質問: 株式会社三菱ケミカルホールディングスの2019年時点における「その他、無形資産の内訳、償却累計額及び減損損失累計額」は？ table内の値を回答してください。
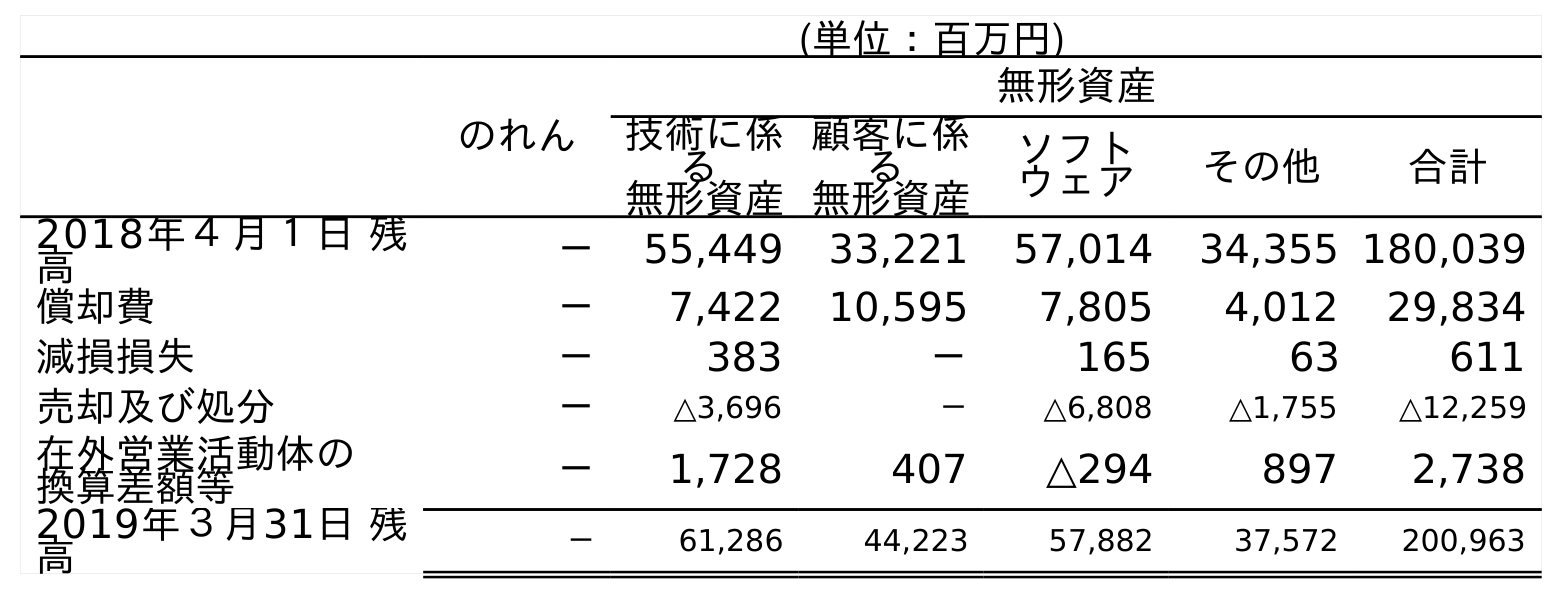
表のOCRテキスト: (単位：百万円) のれん 無形資産 技術に係 る 無形資産 顧客に係 る 無形資産 ソフト ウェア その他 合計 2018年４月１日 残 高 － 55,449 33,221 57,014 34,355 180,039 償却費 － 7,422 10,595 7,805 4,012 29,834 減損損失 － 383 － 165 63 611 売却及び処分 － △3,696 － △6,808 △1,755 △12,259 在外営業活動体の 換算差額等 － 1,728 407 △294 897 2,738 2019年３月31日 残 高 － 61,286 44,223 57,882 37,572 200,963
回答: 37,572